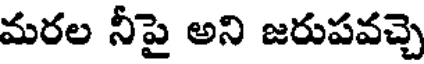
మరల నీపై అని జరుపవచ్చె